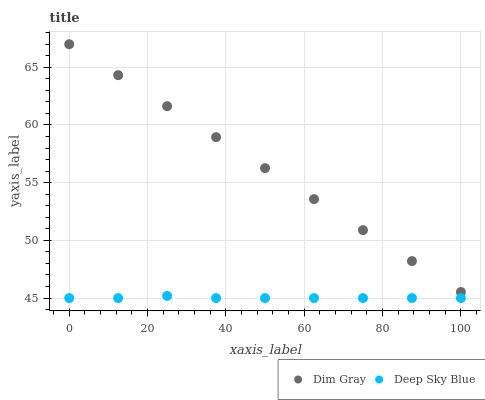
| xaxis_label | Dim Gray | Deep Sky Blue |
 | --- | --- | --- |
 | 0 | 67 | 45 |
 | 12.5 | 64.3 | 45 |
 | 25 | 61.6 | 45.2 |
 | 37.5 | 58.9 | 45 |
 | 50 | 56.3 | 45 |
 | 62.5 | 53.6 | 45 |
 | 75 | 50.9 | 45 |
 | 87.5 | 48.2 | 45 |
 | 100 | 45.5 | 45 |